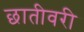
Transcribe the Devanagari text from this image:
छातीवरी